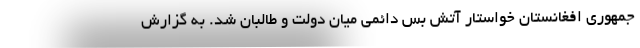
جمهوری افغانستان خواستار آتش بس دائمی میان دولت و طالبان شد. به گزارش